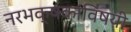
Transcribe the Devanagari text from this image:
नरभक्षकांविषयी